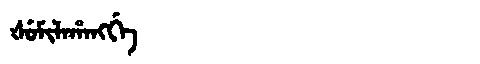
Manchu: ᡧᡠᠮᡳᠯᠠᡥᠠᠩᡤᡝ
Romanization: ŠUMILAHANGGE